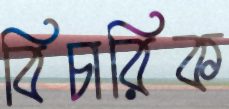
বিচারিক